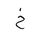
Letter: _kha